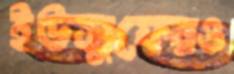
ইউসুফেরও